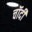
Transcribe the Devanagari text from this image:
चॉदी